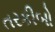
તરકીબો